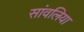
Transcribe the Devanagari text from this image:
सांवलिया